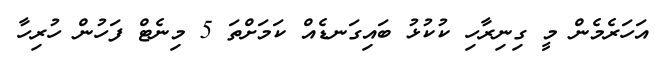
އަހަރެމެން މީ ގިނިރާހި ކުކުޅު ބައިގަނޑެއް ކަމަށްތަ 5 މިނެޓް ފަހުން ހުރިހާ